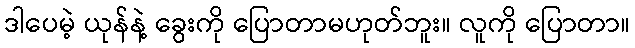
ဒါပေမဲ့ ယုန်နဲ့ ခွေးကို ပြောတာမဟုတ်ဘူး။ လူကို ပြောတာ။